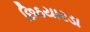
છિઠયારડા